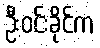
ဦးဝင်းခိုင်က